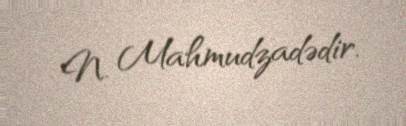
N. Mahmudzadədir.